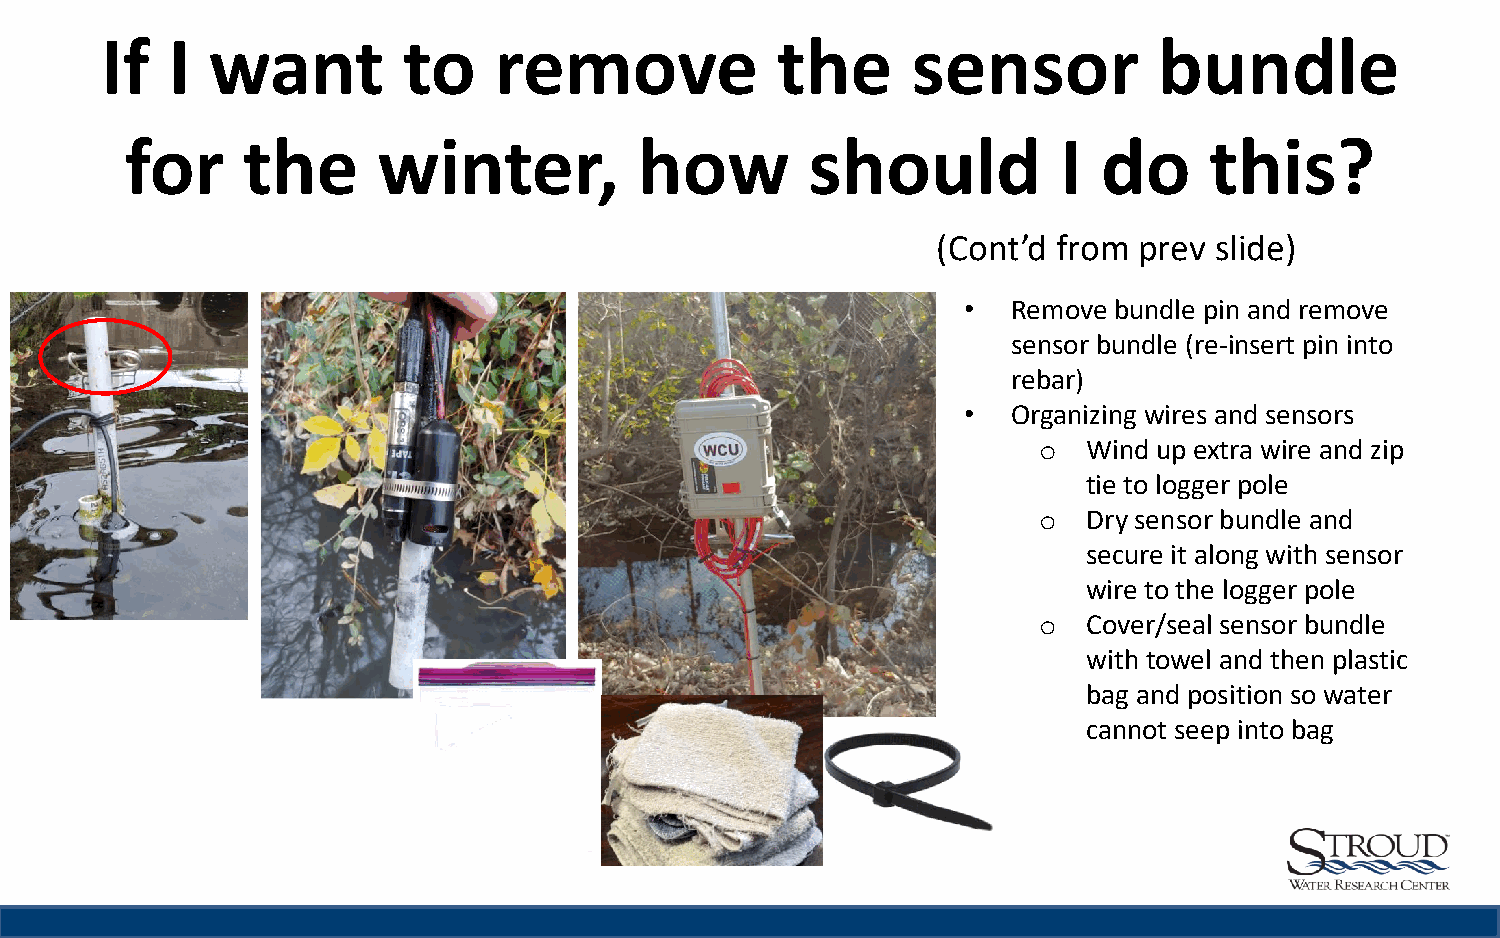
If  I  want         to    remove            the      sensor           bundle
 for     the      winter,          how         should          I  do     this?
 (Cont’d from prev slide)
 •  Remove bundle pin and remove
 sensor bundle (re-insert pin into
 rebar)
 •  Organizing wires and sensors
 o  Wind up extra wire and zip
 tie to logger pole
 o  Dry sensor bundle and
 secure it along with sensor
 wire to the logger pole
 o  Cover/seal sensor bundle
 with towel and then plastic
 bag and position so water
 cannot seep into bag